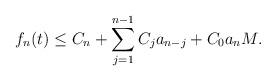
LaTeX: \begin{align*}f_n(t) \leq C_n +\sum_{j=1}^{n-1}C_j a_{n-j}+C_0 a_n M.\end{align*}